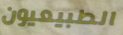
الطبيعيون